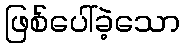
ဖြစ်ပေါ်ခဲ့သော